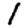
Digit: 1